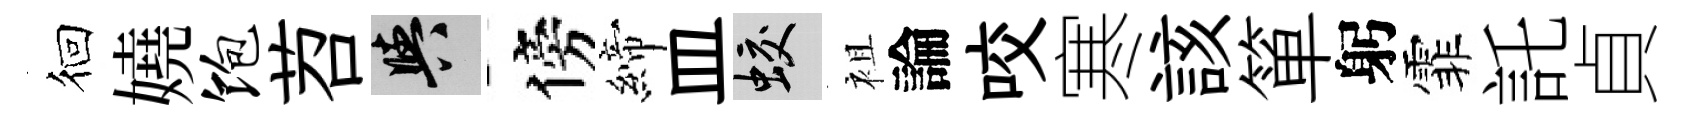
徊嬈饱苕阳傍締皿蛟袓論咬寒該箪躬霏託貞